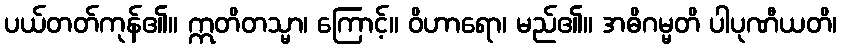
ပယ်တတ်ကုန်၏။ ဣတိတသ္မာ၊ ကြောင့်။ ဝိဟာရော၊ မည်၏။ အဓိဂမ္မတိ ပါပုဏီယတိ၊